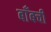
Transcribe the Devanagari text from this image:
बाँबची